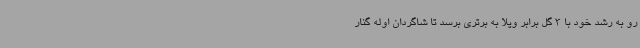
رو به رشد خود با 3 گل برابر ویلا به برتری برسد تا شاگردان اوله گنار